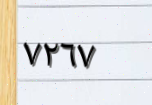
٧٢٦٧